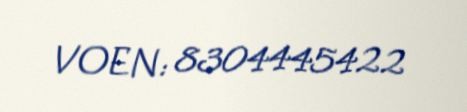
VOEN: 8304445422